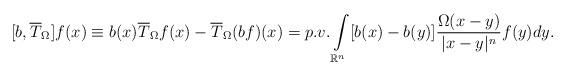
LaTeX: \begin{align*}\lbrack b,\overline{T}_{\Omega}]f(x)\equiv b(x)\overline{T}_{\Omega}f(x)-\overline{T}_{\Omega}(bf)(x)=p.v.\int \limits_{{\mathbb{R}^{n}}}[b(x)-b(y)]\frac{\Omega(x-y)}{|x-y|^{n}}f(y)dy.\end{align*}